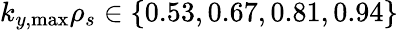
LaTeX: k_{y,\mathrm{max}}\rho_{s}\in\{ 0.53,0.67,0.81,0.94\}